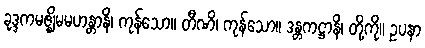
ခုဒ္ဒကမဇ္ဈိမမဟန္တာနိ၊ ကုန်သော။ တီဏိ၊ ကုန်သော။ ဒန္တကဋ္ဌာနိ၊ တို့ကို။ ဥပနာ